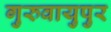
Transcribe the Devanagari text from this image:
गुरुवायुपुर